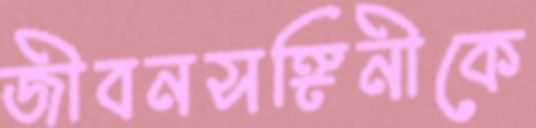
জীবনসঙ্গিনীকে